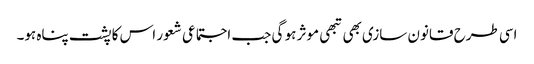
اسی طرح قانون سازی بھی تبھی موثر ہو گی جب اجتماعی شعور اس کا پشت پناہ ہو۔